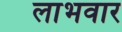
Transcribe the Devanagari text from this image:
लाभवार